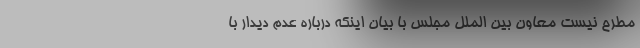
مطرح نیست معاون بین الملل مجلس با بیان اینکه درباره عدم دیدار با